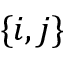
\{ i , j \}